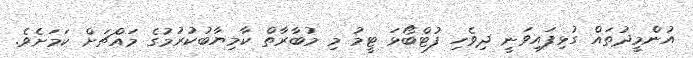
އުންމީދުތައް ގުޅިފައިވަނީ ދިވެހި ފުޓްބޯޅަ ޓީމު މި މުބާރާތް ކާމިޔާބުކުރުމުގެ މައްޗަށް ކަމަށެވެ.